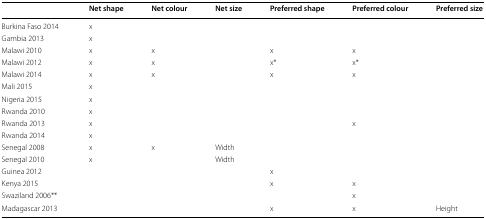
<table><thead><tr><td></td><td><b>Net shape</b></td><td><b>Net colour</b></td><td><b>Net size</b></td><td><b>Preferred shape</b></td><td><b>Preferred colour</b></td><td><b>Preferred size</b></td></tr></thead><tbody><tr><td>Burkina Faso 2014</td><td>x</td><td></td><td></td><td></td><td></td><td></td></tr><tr><td>Gambia 2013</td><td>x</td><td></td><td></td><td></td><td></td><td></td></tr><tr><td>Malawi 2010</td><td>x</td><td>x</td><td></td><td>x</td><td>x</td><td></td></tr><tr><td>Malawi 2012</td><td>x</td><td>x</td><td></td><td>x*</td><td>x*</td><td></td></tr><tr><td>Malawi 2014</td><td>x</td><td>x</td><td></td><td>x</td><td>x</td><td></td></tr><tr><td>Mali 2015</td><td>x</td><td></td><td></td><td></td><td></td><td></td></tr><tr><td>Nigeria 2015</td><td>x</td><td></td><td></td><td></td><td></td><td></td></tr><tr><td>Rwanda 2010</td><td>x</td><td></td><td></td><td></td><td></td><td></td></tr><tr><td>Rwanda 2013</td><td>x</td><td></td><td></td><td></td><td>x</td><td></td></tr><tr><td>Rwanda 2014</td><td>x</td><td></td><td></td><td></td><td></td><td></td></tr><tr><td>Senegal 2008</td><td>x</td><td>x</td><td>Width</td><td></td><td></td><td></td></tr><tr><td>Senegal 2010</td><td>x</td><td></td><td>Width</td><td></td><td></td><td></td></tr><tr><td>Guinea 2012</td><td></td><td></td><td></td><td>x</td><td></td><td></td></tr><tr><td>Kenya 2015</td><td></td><td></td><td></td><td>x</td><td>x</td><td></td></tr><tr><td>Swaziland 2006**</td><td></td><td></td><td></td><td></td><td>x</td><td></td></tr><tr><td>Madagascar 2013</td><td></td><td></td><td></td><td>x</td><td>x</td><td>Height</td></tr></tbody></table>